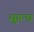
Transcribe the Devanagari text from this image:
सुगन्घ